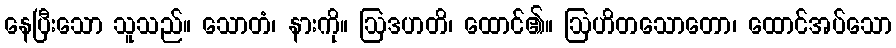
နေပြီးသော သူသည်။ သောတံ၊ နားကို။ ဩဒဟတိ၊ ထောင်၏။ ဩဟိတသောတော၊ ထောင်အပ်သော